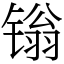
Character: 𬭩